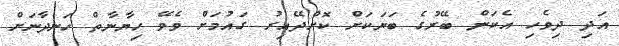
އަދި ދިވެހި އެކަން ބޭރުގެ ބަޔަކަށް ކޮށްދޭއިރު ގައުމަށް ވެވޭ ހިޔާނާތް ހަނދާނަށް